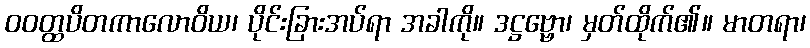
ဝဝတ္ထပိတကာလောဝိယ၊ ပိုင်းခြားအပ်ရာ အခါကို။ ဒဋ္ဌဗ္ဗော၊ မှတ်ထိုက်၏။ မာတရာ၊